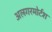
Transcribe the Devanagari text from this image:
अलगरमोर्टश